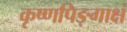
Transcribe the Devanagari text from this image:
कृष्णपिङ्गाक्षं